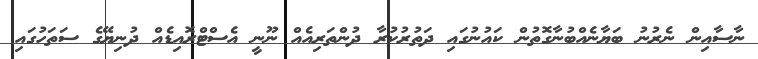
ނާސާއިން ނެރުނު ބަޔާނެއްބުނާގޮތުން ކައުނުގައި ދަތުރުކުރާ ދުންތަރިއެއް ނޫނީ އެސްޓްރޮއިޑެއް ދުނިޔޭގެ ސަތަހުގައި